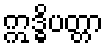
ဣဒ္ဓိပတ္တာ